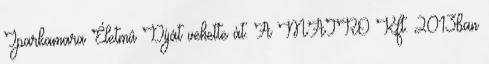
Iparkamara Életmû Díját vehette át. A MATRO Kft. 2013ban